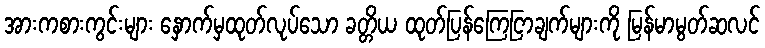
အားကစားကွင်းများ နှောက်မှထုတ်လုပ်သော ခတ္တိယ ထုတ်ပြန်ကြေငြာချက်များကို မြန်မာမွတ်ဆလင်